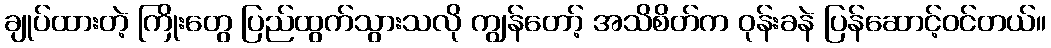
ချုပ်ထားတဲ့ ကြိုးတွေ ပြည်ထွက်သွားသလို ကျွန်တော့် အသိစိတ်က ဝုန်းခနဲ ပြန်ဆောင့်ဝင်တယ်။